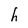
Character: h